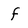
Character: f